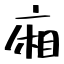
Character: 廂